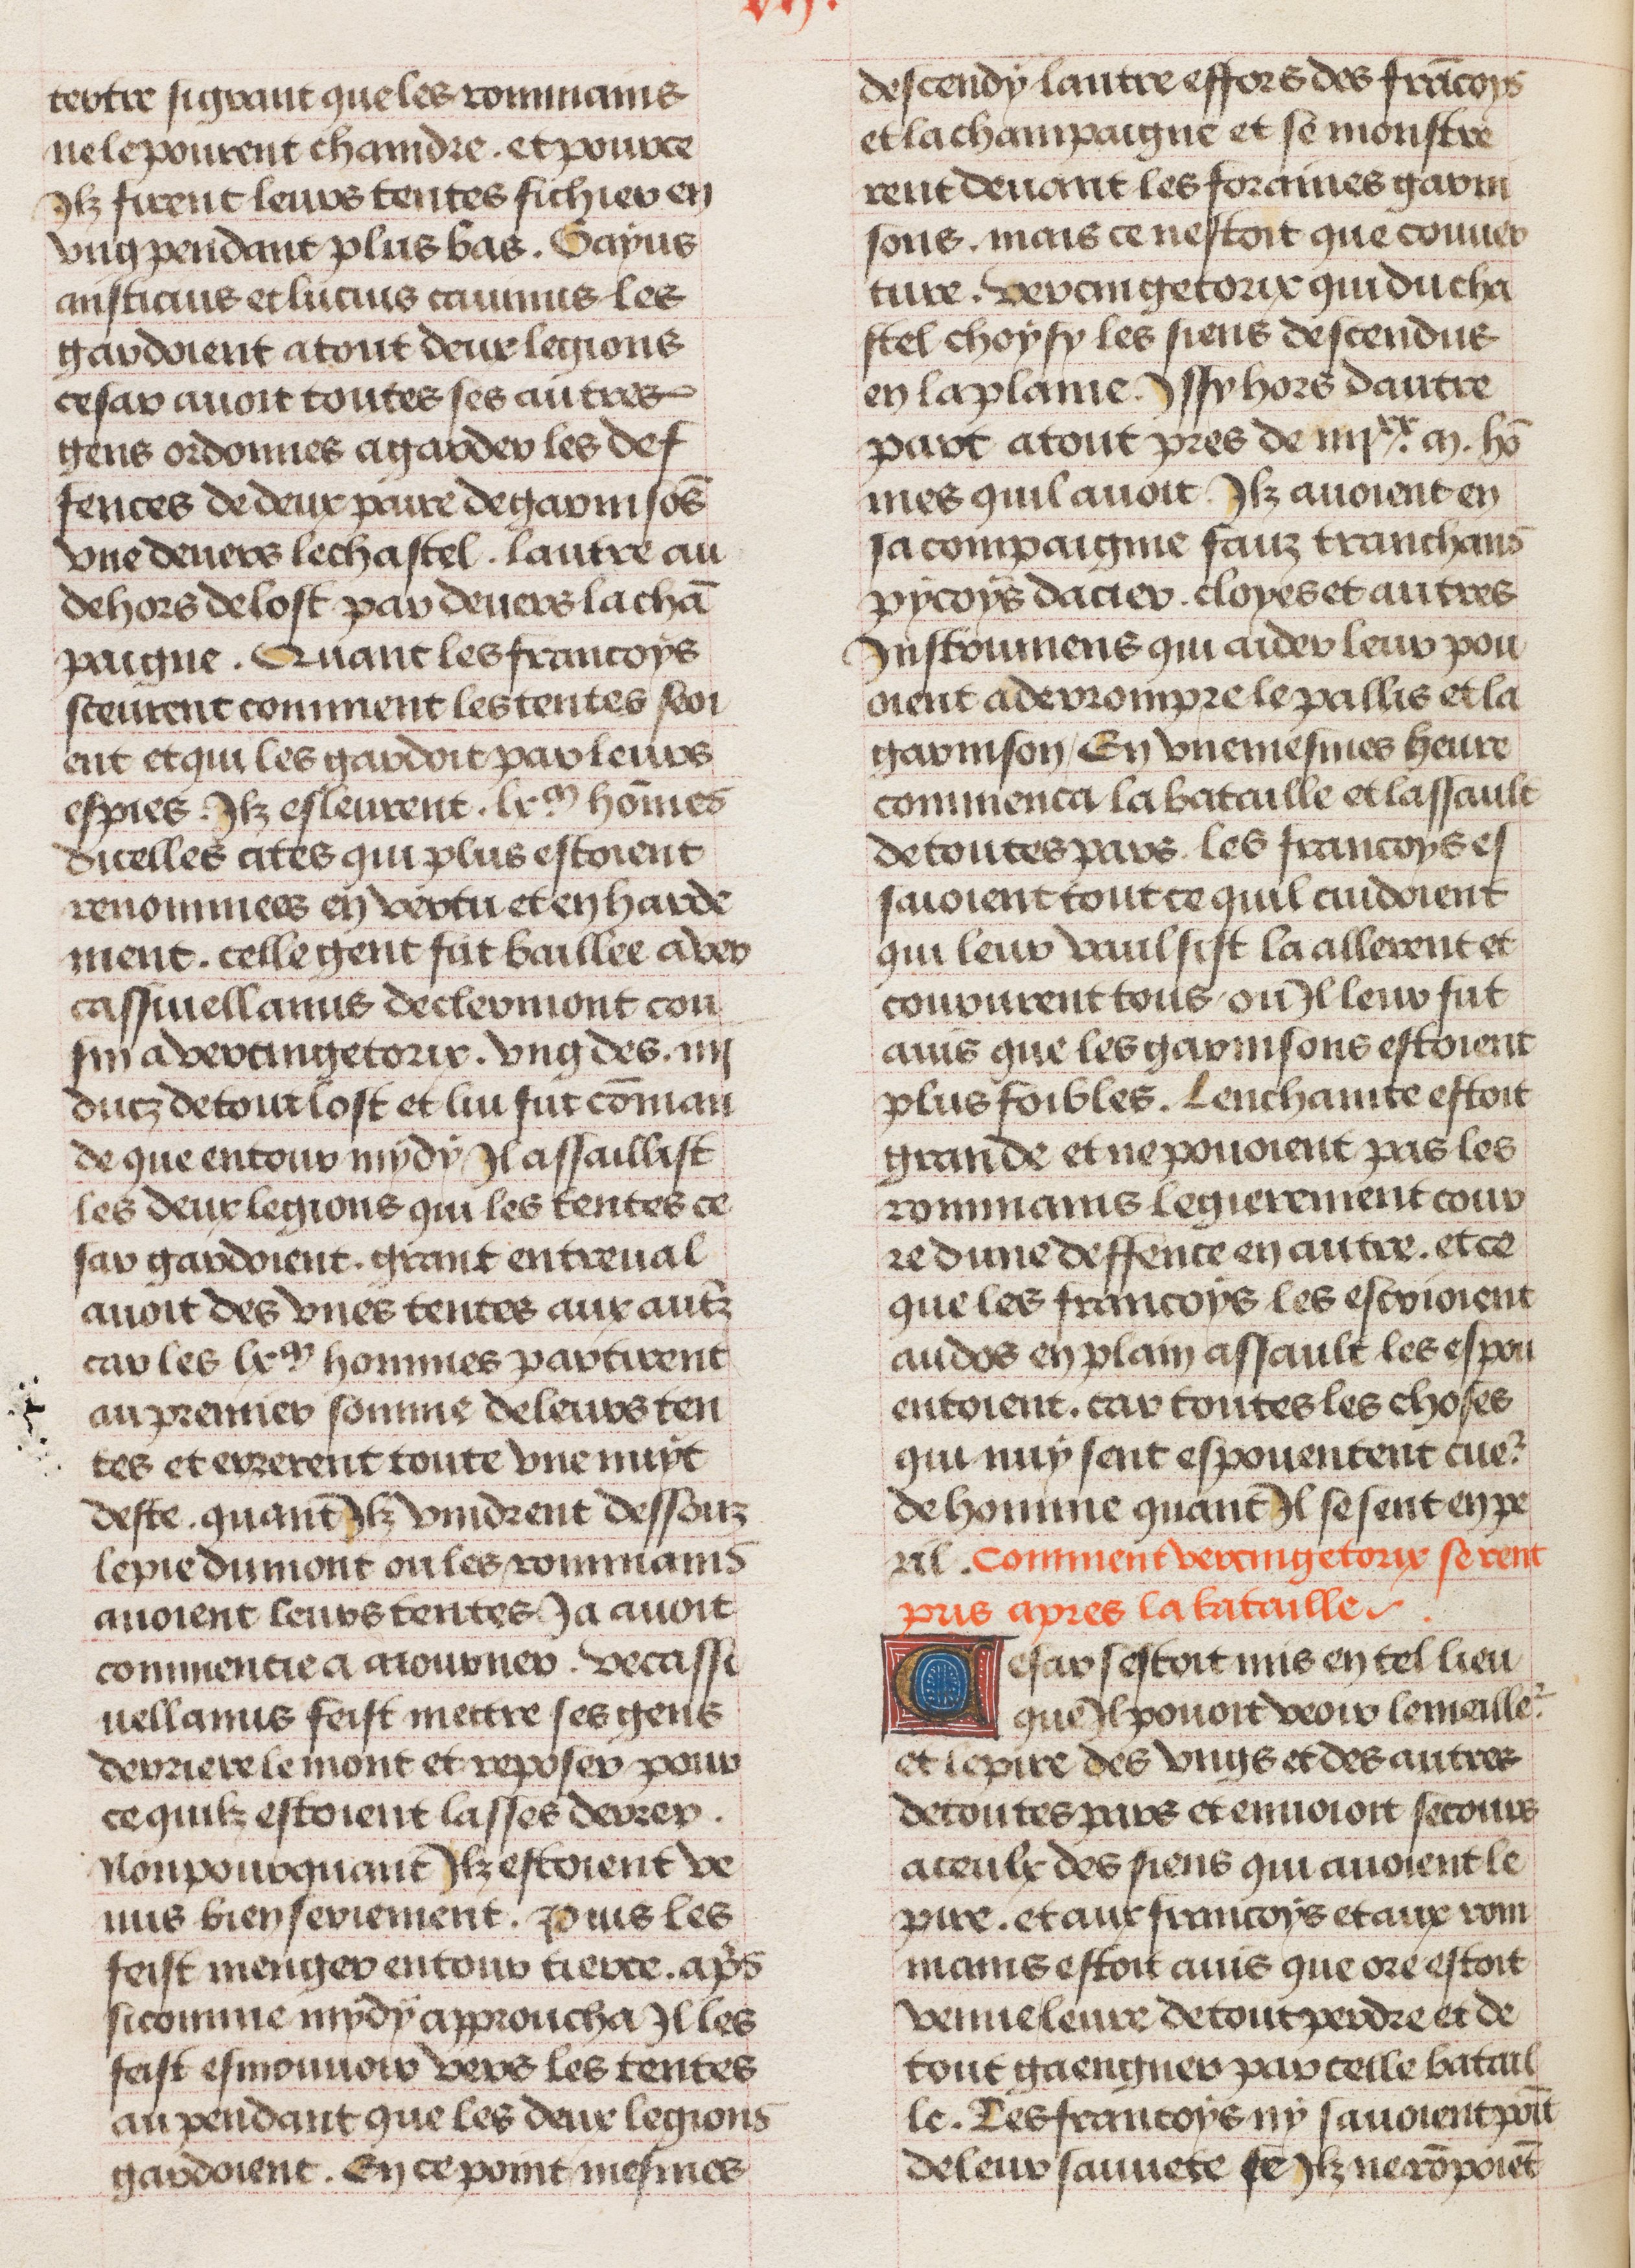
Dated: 1450–1474